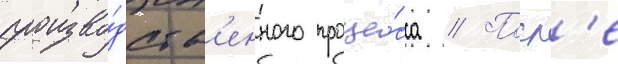
произво́дств'енного проце́сса // Посл'е